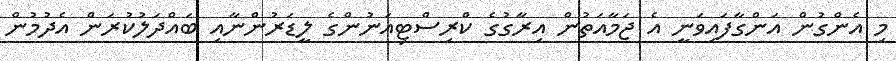
މި އެންގުން އަންގާފައިވަނީ އެ ޖަމާއަތުން އިރާގުގެ ކްރިސްޓިއަނުންގެ ލީޑަރުންނާއި ބައްދަލުކުރަން އެދުމުން